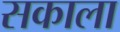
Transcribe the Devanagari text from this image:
सकाला